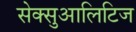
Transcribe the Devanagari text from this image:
सेक्सुआलिटिज